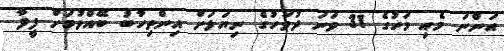
އަންނަ މެއި މަހުގެ 31 ވަނަ ދުވަހުގެ ނިޔަލަށް އިންތިހާބު ބޭއްވުމަށް ފީފާ